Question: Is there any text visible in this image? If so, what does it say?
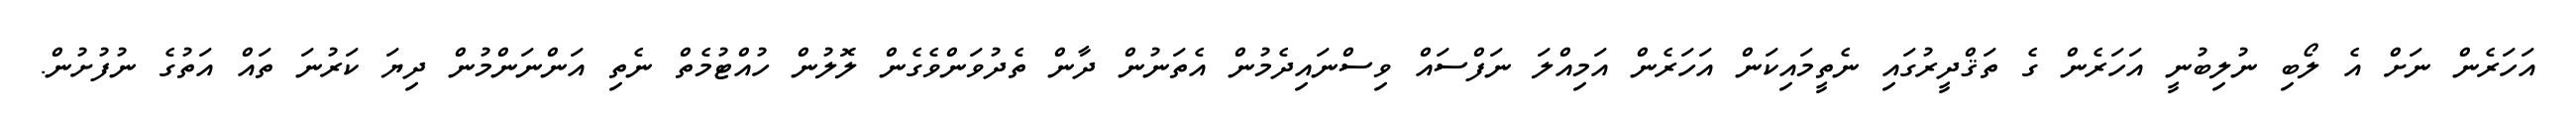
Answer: އަހަރެން ނަށް އެ ލޯބި ނުލިބުނީ އަހަރެން ގެ ތަޤްދީރުގައި ނެތީމައިކަން އަހަރެން އަމިއްލަ ނަފްސައް ވިސްނައިދެމުން އެތަނުން ދާން ތެދުވަންވެގެން ލޮލުން ހުއްޓުމެތް ނެތި އަންނަންމުން ދިޔަ ކަރުނަ ތައް އަތުގެ ނުފުށުން.